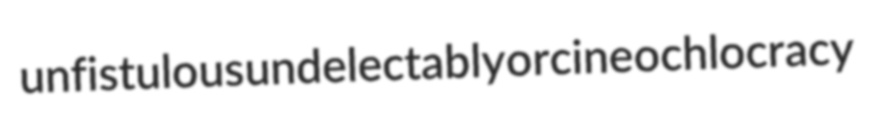
unfistulous undelectably orcine ochlocracy